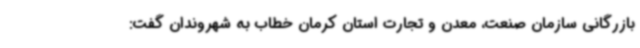
بازرگانی سازمان صنعت، معدن و تجارت استان کرمان خطاب به شهروندان گفت: